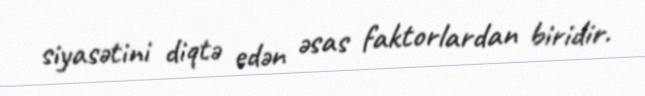
siyasətini diqtə edən əsas faktorlardan biridir.